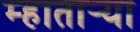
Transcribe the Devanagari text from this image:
म्हातार्‍या